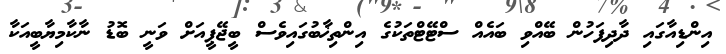
އިންޑިއާގައި ދާދިފަހުން ބޭއްވި ބައެއް ސްޓޭޓްތަކުގެ އިންތިޚާބުގައިވެސް ބީޖޭޕީއަށް ވަނީ ބޮޑު ނާކާމިޔާބީއަކާ